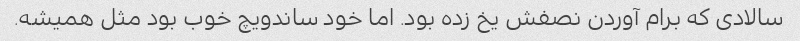
سالادی که برام آوردن نصفش یخ زده بود. اما خود ساندویچ خوب بود مثل همیشه.